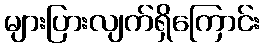
များပြားလျက်ရှိကြောင်း